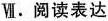
Ⅶ.阅读表达